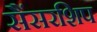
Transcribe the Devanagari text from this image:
सैंसरशिप